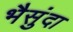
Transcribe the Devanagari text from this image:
भैसुंदा